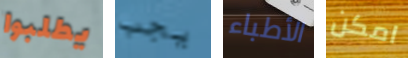
يطلبوا يجب الأطباء امكن